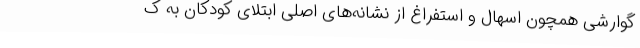
گوارشی همچون اسهال و استفراغ از نشانه‌های اصلی ابتلای کودکان به ک